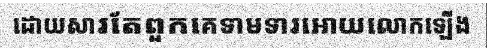
ដោយសារតែពួកគេទាមទារអោយលោកឡើង